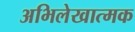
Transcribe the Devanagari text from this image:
अभिलेखात्मक